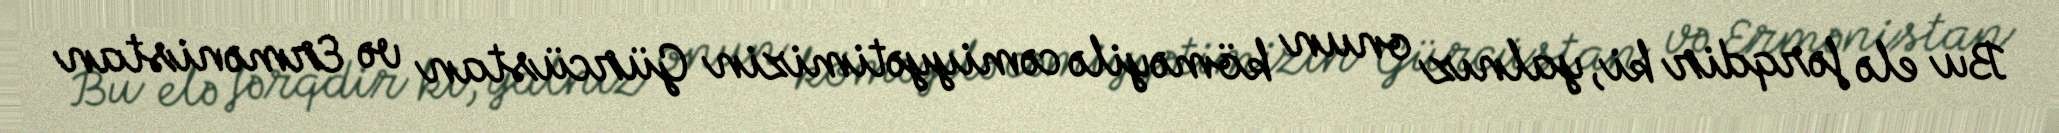
Bu elə fərqdir ki, yalnız onun köməyilə cəmiyyətimizin Gürcüstan və Ermənistan